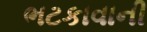
ભટકાવાની